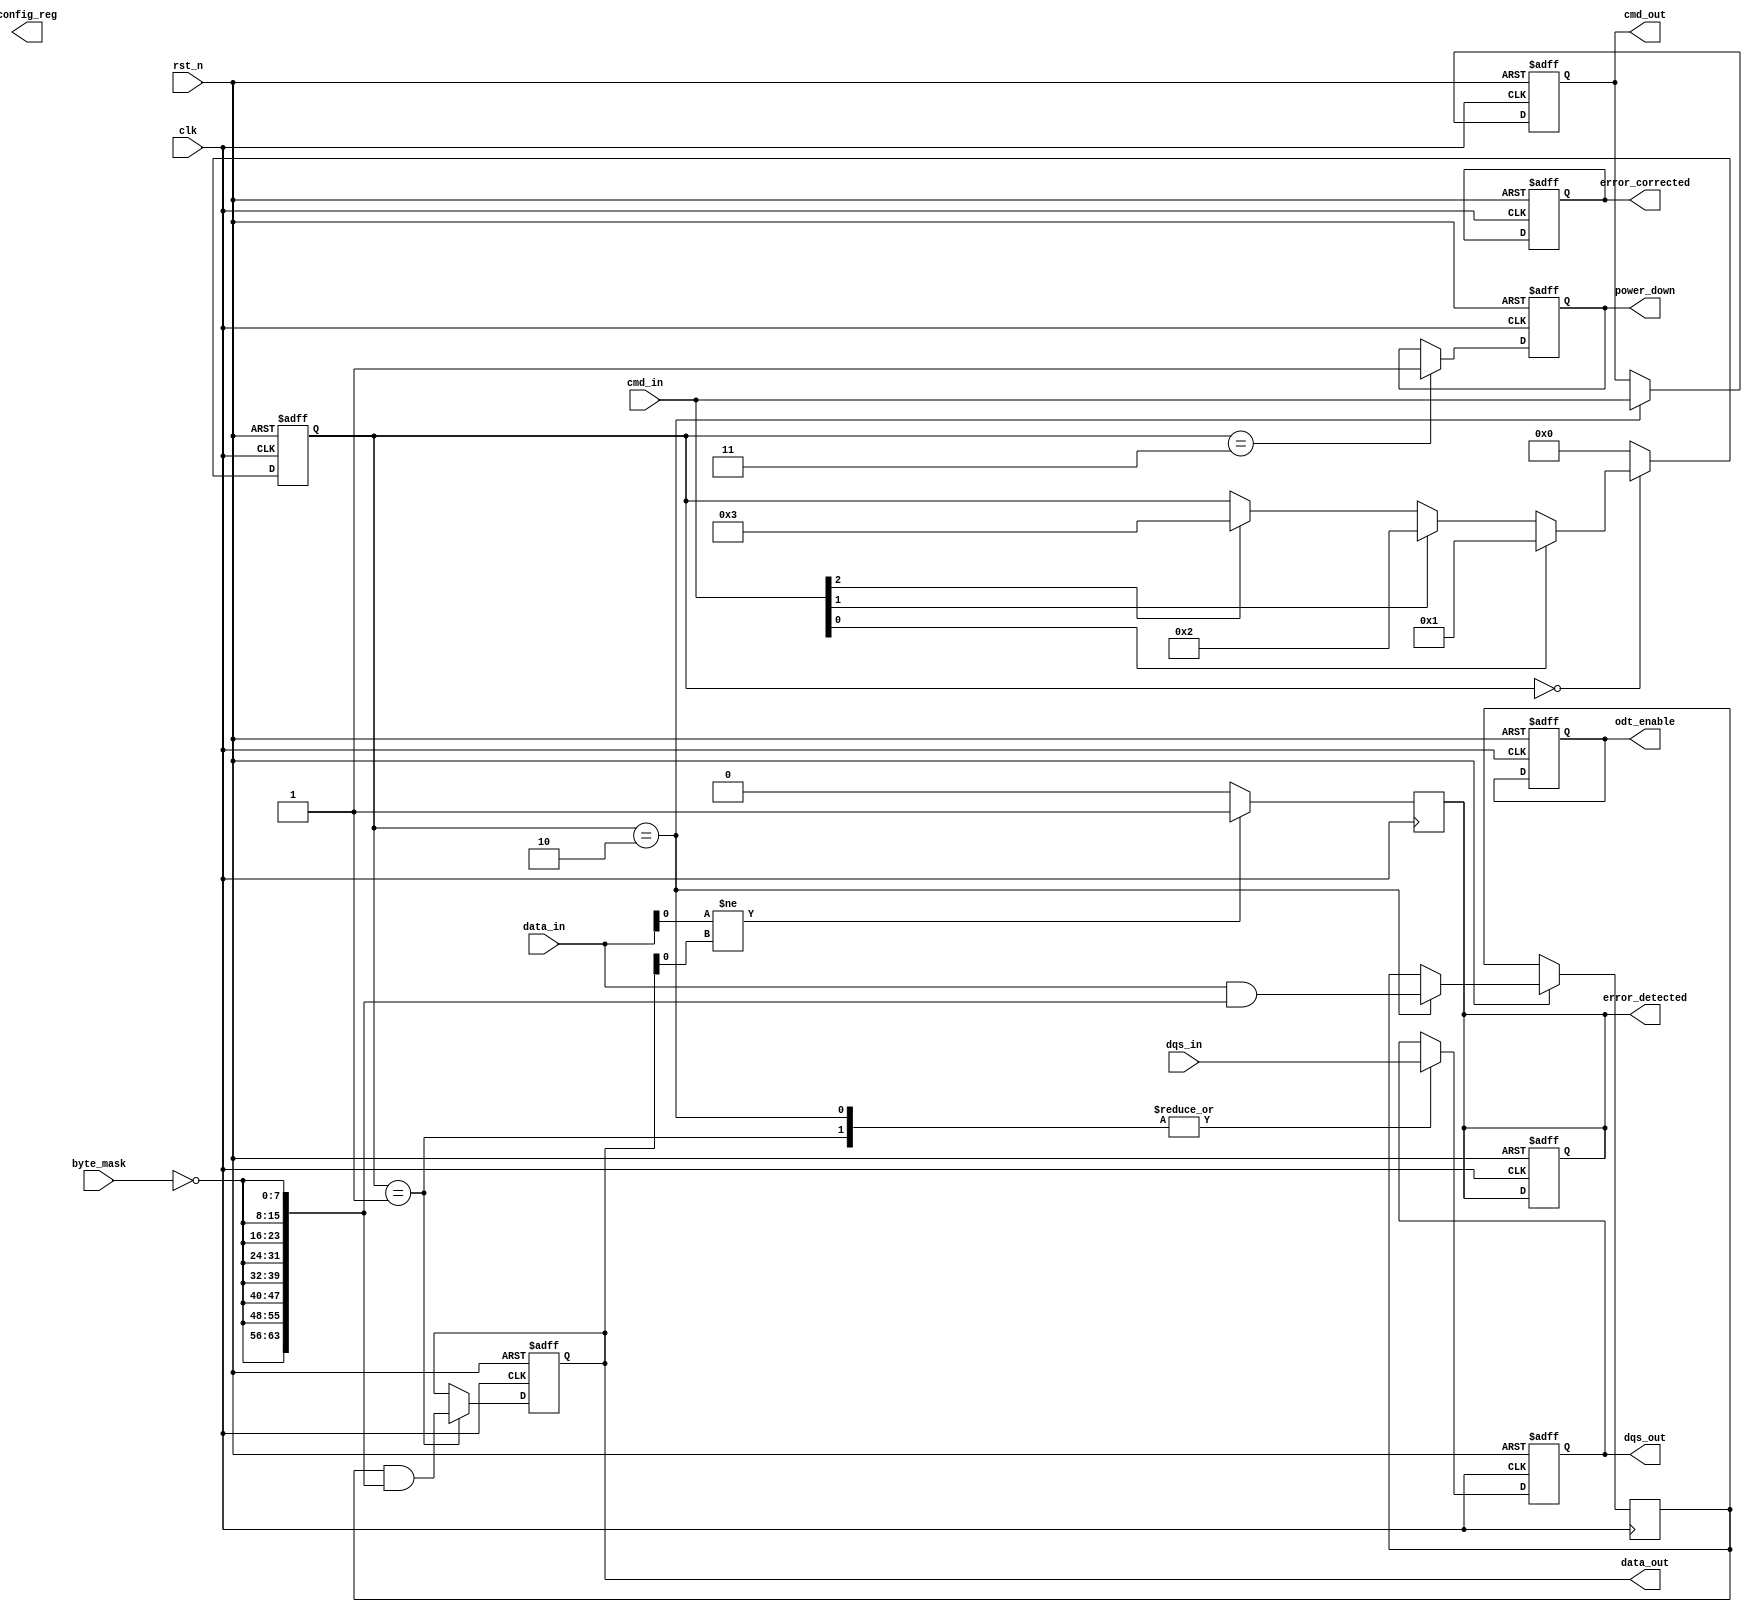
module gddr_io_block (
    input wire clk,                // Main clock input
    input wire rst_n,              // Active low reset
    input wire [63:0] data_in,     // Data input (64 bits)
    input wire [7:0] cmd_in,       // Command input (8 bits)
    input wire [7:0] byte_mask,     // Byte mask for selective data lanes
    input wire dqs_in,             // Data Strobe input
    output reg [63:0] data_out,    // Data output (64 bits)
    output reg [7:0] cmd_out,      // Command output (8 bits)
    output reg dqs_out,            // Data Strobe output
    output reg odt_enable,         // On-die termination enable
    output reg power_down,         // Power down control
    output reg [3:0] config_reg,   // Configuration register
    output reg error_detected,      // Error detection flag
    output reg error_corrected      // Error correction flag
);

// Internal signals
reg [63:0] data_buffer;           // Buffer for incoming data
reg [7:0] cmd_buffer;             // Buffer for incoming commands
reg [3:0] state;                  // State machine for control logic

// State definitions
localparam IDLE       = 4'b0000;
localparam READ       = 4'b0001;
localparam WRITE      = 4'b0010;
localparam POWER_DOWN  = 4'b0011;

// Clock and reset handling
always @(posedge clk or negedge rst_n) begin
    if (!rst_n) begin
        state <= IDLE;
        data_out <= 64'b0;
        cmd_out <= 8'b0;
        dqs_out <= 1'b0;
        odt_enable <= 1'b0;
        power_down <= 1'b0;
        error_detected <= 1'b0;
        error_corrected <= 1'b0;
    end else begin
        case (state)
            IDLE: begin
                // Check for incoming commands
                if (cmd_in[0]) begin // Example condition for a read command
                    state <= READ;
                end else if (cmd_in[1]) begin // Example condition for a write command
                    state <= WRITE;
                end else if (cmd_in[2]) begin // Example condition for power down
                    state <= POWER_DOWN;
                end
            end
            
            READ: begin
                // Simulate data read operation
                data_out <= data_buffer & {64{~byte_mask}}; // Apply byte mask
                dqs_out <= dqs_in; // Pass through DQS
                state <= IDLE; // Return to IDLE
            end
            
            WRITE: begin
                // Simulate data write operation
                data_buffer <= data_in & {64{~byte_mask}}; // Apply byte mask
                cmd_out <= cmd_in; // Pass through command
                dqs_out <= dqs_in; // Pass through DQS
                state <= IDLE; // Return to IDLE
            end
            
            POWER_DOWN: begin
                power_down <= 1'b1; // Enable power down
                state <= IDLE; // Return to IDLE
            end
            
            default: state <= IDLE; // Default to IDLE for safety
        endcase
    end
end

// Error detection and correction logic (simple example)
always @(posedge clk) begin
    if (data_in[0] != data_out[0]) begin // Simple error check
        error_detected <= 1'b1;
        // Error correction logic could be added here
    end else begin
        error_detected <= 1'b0;
    end
end

endmodule